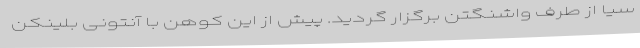
سیا از طرف واشنگتن برگزار گردید. پیش از این کوهن با آنتونی بلینکن